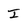
Character: I